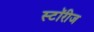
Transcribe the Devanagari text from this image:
स्टॉरीज